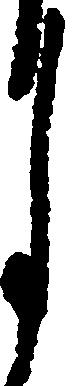
月